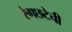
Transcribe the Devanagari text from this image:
रंगछटेची